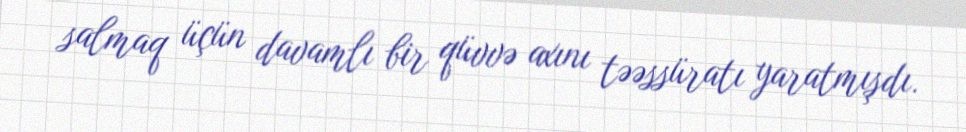
salmaq üçün davamlı bir qüvvə axını təəssüratı yaratmışdı.